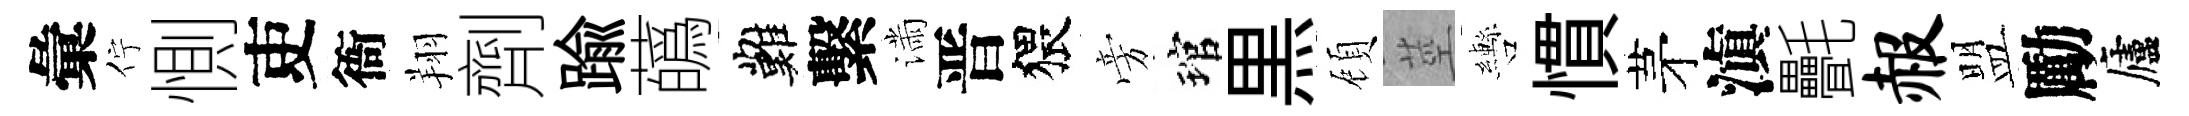
彙佇惻吏衙翔劑踰蘤難繫滿晋猥旁琯黒頋莖轡慣茅滇㲲赧盟勵廬